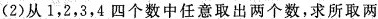
(2)从1，2，3，4四个数中任意取出两个数，求所取两